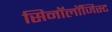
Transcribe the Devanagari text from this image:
सिनॉलॉजिस्ट